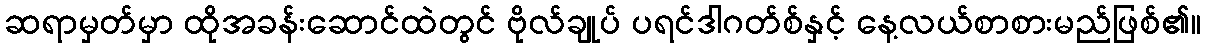
ဆရာမှတ်မှာ ထိုအခန်းဆောင်ထဲတွင် ဗိုလ်ချုပ် ပရင်ဒါဂတ်စ်နှင့် နေ့လယ်စာစားမည်ဖြစ်၏။